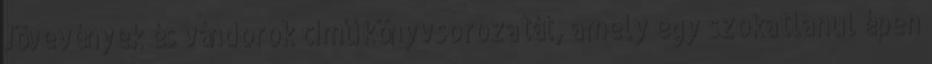
Jövevények és vándorok című könyvsorozatát, amely egy szokatlanul épen